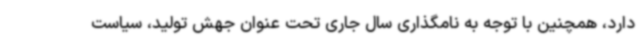
دارد، همچنین با توجه به نامگذاری سال جاری تحت عنوان جهش تولید، سیاست